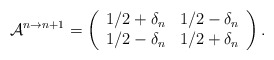
\begin{align*}\mathcal{A}^{n \to n+1} = \left(\begin{array}{cc}1/2 +\delta_n & 1/2 -\delta_n \\1/2 -\delta_n & 1/2 +\delta_n \\\end{array}\right). \end{align*}